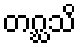
တဂ္ဃသိ